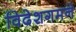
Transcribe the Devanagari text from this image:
विदेशगमने